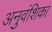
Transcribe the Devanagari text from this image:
अनुवंशिका